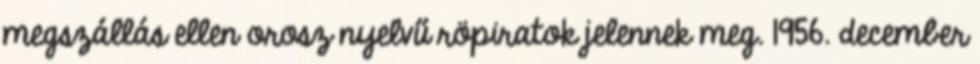
megszállás ellen orosz nyelvű röpiratok jelennek meg. 1956. december